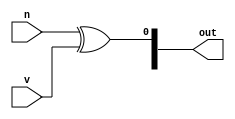
/*
   This file was generated automatically by the Mojo IDE version B1.3.4.
   Do not edit this file directly. Instead edit the original Lucid source.
   This is a temporary file and any changes made to it will be destroyed.
*/

module eightbitCMPLT_14 (
    input n,
    input v,
    output reg [7:0] out
  );
  
  
  
  reg [7:0] x;
  
  integer i;
  
  always @* begin
    x[0+0-:1] = n ^ v;
    for (i = 1'h1; i < 4'h8; i = i + 1) begin
      x[(i)*1+0-:1] = 1'h0;
    end
    out = x;
  end
endmodule